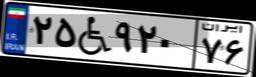
۹۱W۳۷۸۷۱